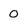
Character: o